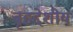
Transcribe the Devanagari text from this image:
बृहद्देशीय